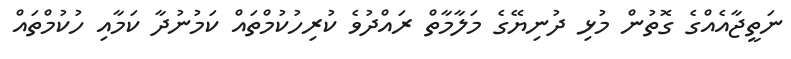
ނަތީޖާއެއްގެ ގޮތުން މުޅި ދުނިޔޭގެ މަލާމާތް ރައްދުވެ ކުރިހުކުމްތައް ކަމުނުދާ ކަމާއި ހުކުމްތައް